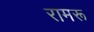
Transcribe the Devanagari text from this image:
रामरू